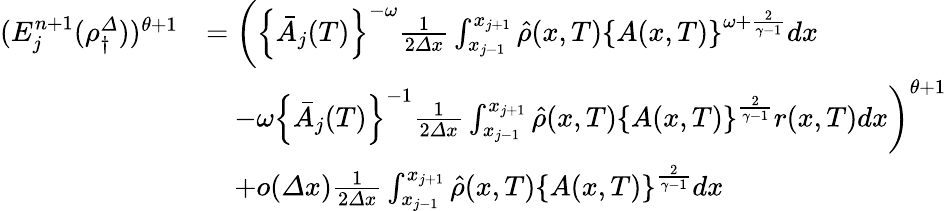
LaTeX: \begin{array}{rl}{(E_{j}^{n+1}(\rho_{\dagger}^{\varDelta}))^{\theta+1}}&{=\left(\left\{ \bar{A}_{j}(T)\right\} ^{-\omega}\frac 1{2{\varDelta}x}\int_{x_{j-1}}^{x_{j+1}}\hat{\rho}(x,T)\left\{ A(x,T)\right\} ^{\omega+\frac{2}{\gamma-1}}dx\right.}\\ &{\quad\left.-\omega\left\{ \bar{A}_{j}(T)\right\} ^{-1}\frac 1{2{\varDelta}x}\int_{x_{j-1}}^{x_{j+1}}\hat{\rho}(x,T)\left\{ A(x,T)\right\} ^{\frac{2}{\gamma-1}}r(x,T)dx\right)^{\theta+1}}\\ &{\quad+o({\varDelta}x)\frac 1{2{\varDelta}x}\int_{x_{j-1}}^{x_{j+1}}\hat{\rho}(x,T)\left\{ A(x,T)\right\} ^{\frac{2}{\gamma-1}}dx}\end{array}